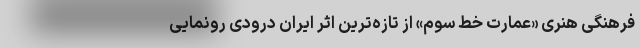
فرهنگی هنری «عمارت خط سوم» از تازه‌ترین اثر ایران درّودی رونمایی